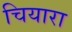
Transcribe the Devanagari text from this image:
चियारा